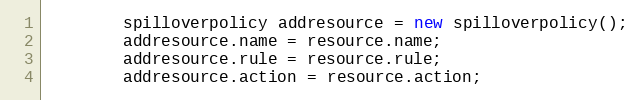
Language: Java
		spilloverpolicy addresource = new spilloverpolicy();
		addresource.name = resource.name;
		addresource.rule = resource.rule;
		addresource.action = resource.action;